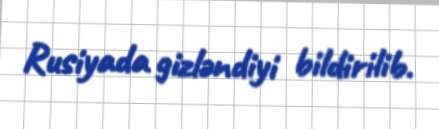
Rusiyada gizləndiyi bildirilib.